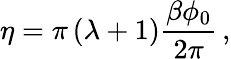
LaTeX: \eta=\pi\left(\lambda+1\right)\frac{\beta\phi_{0}}{2\pi}\, ,